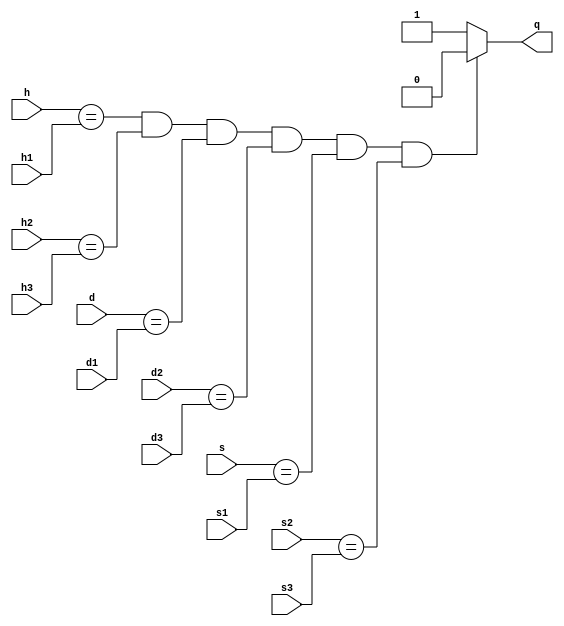
module ifff(input[3:0] s,s1,d,d1,h,h1,s2,s3,d2,d3,h2,h3,  output reg q);

always @( s or s1 )
begin
		if (h==h1 && h2==h3 && d==d1 && d2==d3 && s==s1 && s2==s3)
					q=0;
		else
				q=1;
			
end
endmodule